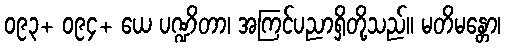
၀၉၃+ ၀၉၄+ ယေ ပဏ္ဍိတာ၊ အကြင်ပညာရှိတို့သည်။ မတိမန္တော၊